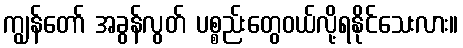
ကျွန်တော် အခွန်လွတ် ပစ္စည်းတွေဝယ်လို့ရနိုင်သေးလား။